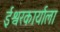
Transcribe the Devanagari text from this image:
ईश्वरकार्याला